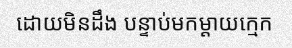
ដោយមិនដឹង បន្ទាប់មកម្តាយក្មេក